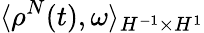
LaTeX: \langle\rho^{N}(t),\omega\rangle_{H^{-1}\times H^{1}}